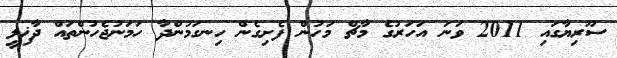
ސޫރިޔާގައި 2011 ވަނަ އަހަރުގެ މާޗް މަހުން ފެށިގެން ހިނގަމުންދާ ހަމަނުޖެހުންތައް ދާޚިލީ